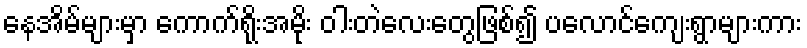
နေအိမ်များမှာ ကောက်ရိုးအမိုး ဝါးတဲလေးတွေဖြစ်၍ ပလောင်ကျေးရွာများကား